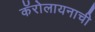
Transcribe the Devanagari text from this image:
कॅरोलायनाची